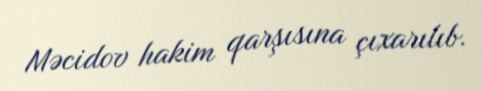
Məcidov hakim qarşısına çıxarılıb.